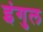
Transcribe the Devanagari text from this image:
इंगुल